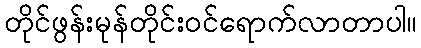
တိုင်ဖွန်းမုန်တိုင်းဝင်ရောက်လာတာပါ။